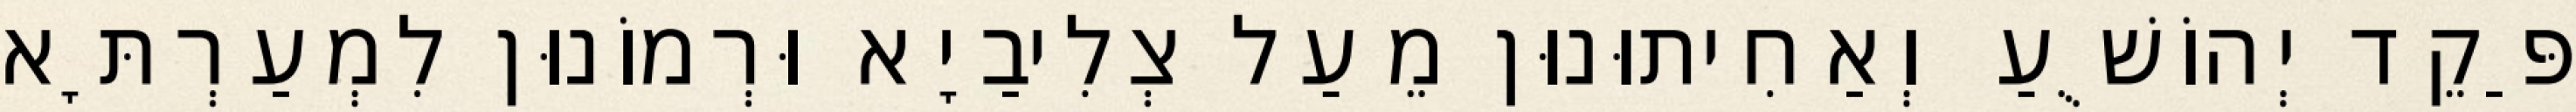
פַּקֵד יְהוֹשֻׁעַ וְאַחִיתוּנוּן מֵעַל צְלִיבַיָא וּרְמוֹנוּן לִמְעַרְתָּא